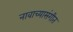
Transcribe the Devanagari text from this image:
नावाच्यासंगीत